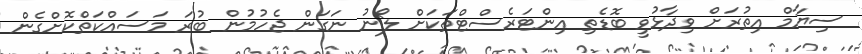
ސިޔާމް އިތުރަށް ވިދާޅުވީ ބޮޑެތި އިންޓަރެސްޓްތަކަށް ލޯނު ނަގަން ޖެހުމުން ބުރަ މަސައްކަތްކޮށްގެން